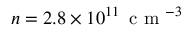
n = 2 . 8 \times 1 0 ^ { 1 1 } \, \mathrm { ~ c ~ m ~ } ^ { - 3 }